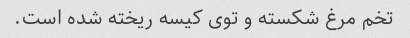
تخم مرغ شکسته و توی کیسه ریخته شده است.